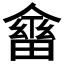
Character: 𠏇